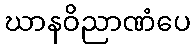
ဃာနဝိညာဏံပေ